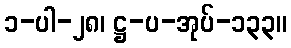
၁-ပါ-၂၈၊ ဋ္ဌ-ပ-အုပ်-၁၃၃။